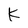
Character: K